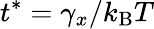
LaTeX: t^{*}=\gamma_{x}/k_{\mathrm{B}}T